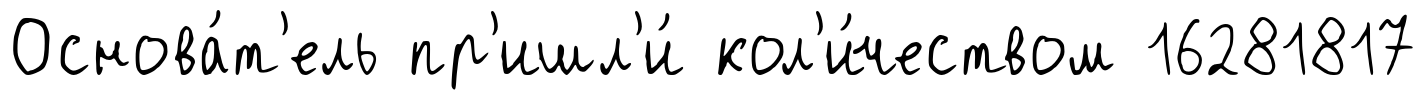
Основа́т'ель пр'ишл'и́ кол'и́чеством 16281817